Indian journal of veterinary science and animal husbandry - Volume 6,
Year: 1936
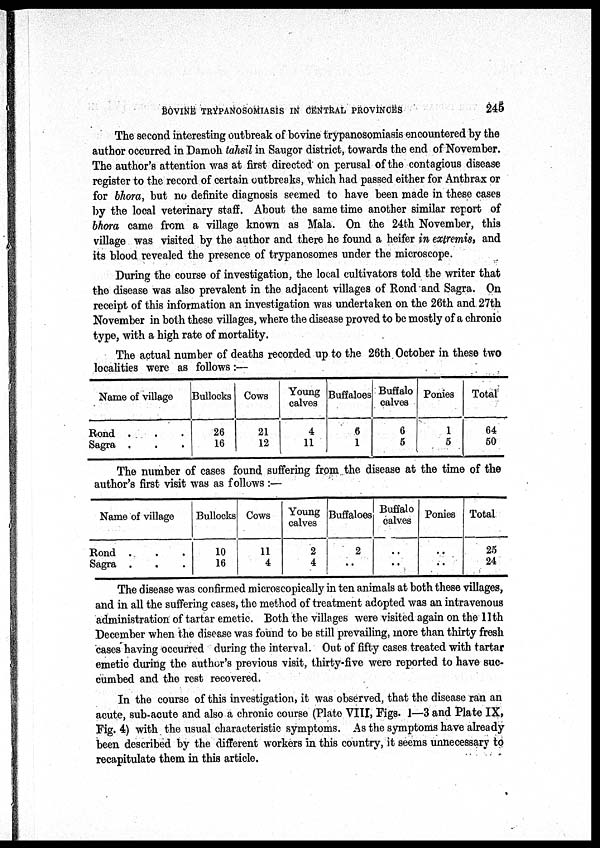
BOVINE TRYPANOSOMIASIS IN CENTRAL PROVINCES
245
The second interesting outbreak of bovine trypanosomiasis encountered by the
author occurred in Damoh tahsil in Saugor district, towards the end of November.
The author's attention was at first directed on perusal of the contagious disease
register to the record of certain outbreaks, which had passed either for Anthrax or
for bhora, but no definite diagnosis seemed to have been made in these cases
by the local veterinary staff. About the same time another similar report of
bhora came from a village known as Mala. On the 24th November, this
village was visited by the author and there he found a heifer in extremis, and
its blood revealed the presence of trypanosomes under the microscope.
During the course of investigation, the local cultivators told the writer that
the disease was also prevalent in the adjacent villages of Rond and Sagra. On
receipt of this information an investigation was undertaken on the 26th and 27th
November in both these villages, where the disease proved to be mostly of a chronic
type, with a high rate of mortality.
The actual number of deaths recorded up to the 26th October in these two
localities were as follows:—
Name of village
Rond . . .
Sagra . . .
Bullocks
26
16
Cows
21
12
Young
calves
4
11
Buffaloes
6
1
Buffalo
calves
6
5
Ponies
1
5
Total
64
50
The number of cases found suffering from the disease at the time of the
author's first visit was as follows :—
Name of village
Bond . . .
Sagra . . .
Bullocks
10
16
Cows
11
4
Young
calves
2
4
Buffaloes
2
..
Buffalo
calves
..
..
Ponies
..
..
Total
25
24
The disease was confirmed microscopically in ten animals at both these villages,
and in all the suffering cases, the method of treatment adopted was an intravenous
administration of tartar emetic. Both the villages were visited again on the 11th
December when the disease was found to be still prevailing, more than thirty fresh
cases having occurred during the interval. Out of fifty cases treated with tartar
emetic during the author's previous visit, thirty-five were reported to have suc-
cumbed and the rest recovered.
In the course of this investigation, it was observed, that the disease ran an
acute, sub-acute and also a chronic course (Plate VIII, Figs. 1—3 and Plate IX,
Fig. 4) with the usual characteristic symptoms. As the symptoms have already
been described by the different workers in this country, it seems unnecessary to
recapitulate them in this article.